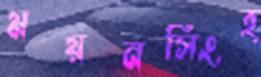
ময়নসিংহ